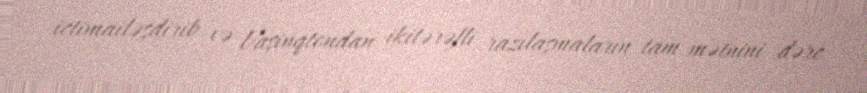
ictimailəşdirib və Vaşinqtondan ikitərəfli razılaşmaların tam mətnini dərc